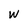
Character: w